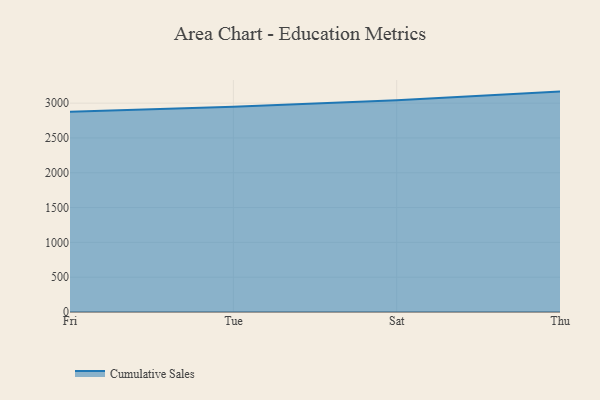
{"axis": {"x": "Day", "y": "Inventory Turnover"}, "legend": ["Cumulative Sales"], "data": [{"x": "Fri", "y": 2875.4, "type": "Cumulative Sales"}, {"x": "Tue", "y": 2946.4, "type": "Cumulative Sales"}, {"x": "Sat", "y": 3040.8, "type": "Cumulative Sales"}, {"x": "Thu", "y": 3165.6, "type": "Cumulative Sales"}]}